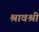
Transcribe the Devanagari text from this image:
श्रावश्री